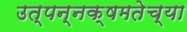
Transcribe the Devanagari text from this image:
उत्पन्नक्षमतेच्या